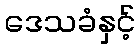
ဒေသခံနှင့်